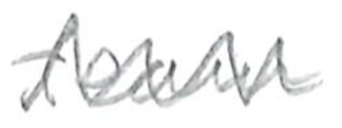
Text: team
Cross-out: zig-zag
Writing tool: pencil